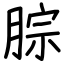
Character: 腙